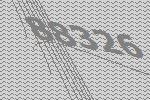
88326